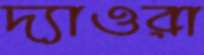
দ্যাওরা